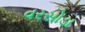
વરસોડા